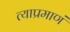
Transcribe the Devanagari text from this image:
त्याप्रमाणं